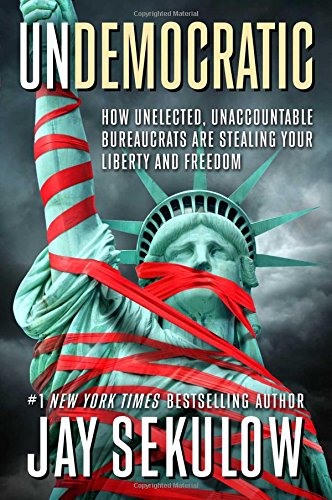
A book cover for Undemocratic: How Unelected, Unaccountable Bureaucrats Are Stealing Your Liberty and Freedom; Jay Sekulow; Religion & Spirituality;